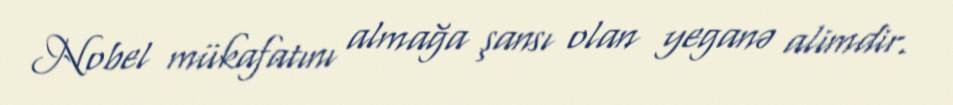
Nobel mükafatını almağa şansı olan yeganə alimdir.